King Institute of Preventive Medicine Bacteriolog. Section reports 1907-08
Year: 1907
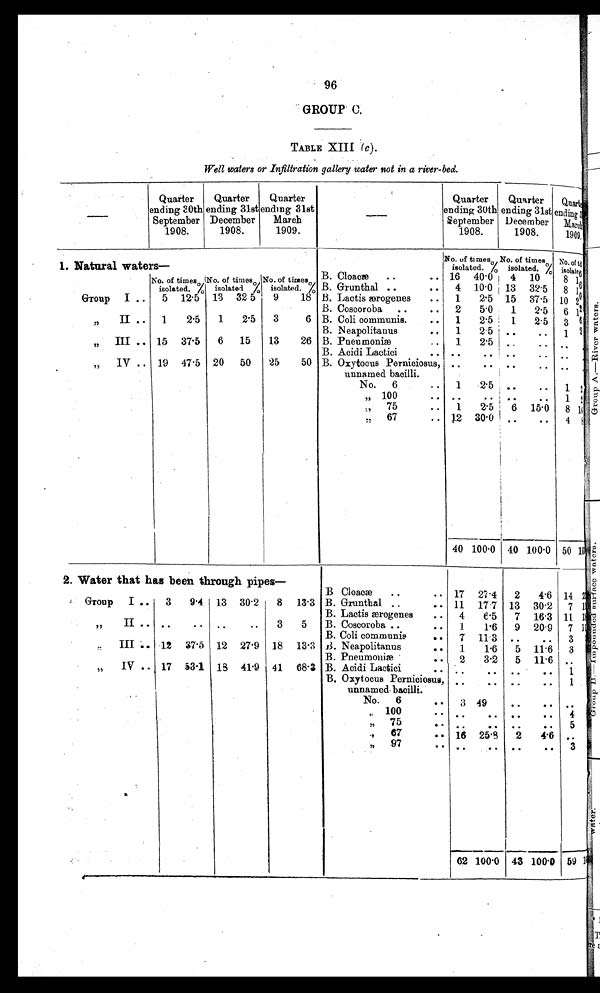
96
GROUP C.
TABLE XIII ( c).
Well waters or Infiltration gallery water not in a river-bed.
—
Quarter
ending 30th
September
1908.
Quarter
ending 31st
December
1908.
Quarter
ending 31st
March
1909.
—
Quarter
ending 30th
September
1908.
Quarter
ending 31st
December
1908.
Quarter
ending 3
1st
March
1909.
1 . N a t u r a l w a t e r s —
No. of times
isolated. %
No. of times
isolated. %
No. of t
imes
isolated. %
B. Cloacæ
..
16 40.0
4 10
8 1 6
No. of times
isolated. %
No. of times
isolated %
No. of times
isolated. % B. Grunthal ..
..
4 10.0 13 32.5
8
1 6
Group I ..
5 12.5 13 32 5
9
18 B. Lactis ærogenes
..
1
2.5 15 37.5 10 20
B. Coscoroba
..
..
2
5.0
1
2.5
6 12
" II ..
1
2.5
1
2.5
3
6 B. Coli communis.
..
1
2.5
1
2.5
3 6
B. Neapolitanus
.
1
2.5 ..
..
1 2
" III .. 15 37.5
6
15
13
26 B. Pneumoniæ
..
1
2.5 ..
. . ..
. .
B. Acidi Lactici
. .
. .
. .
. .
. . . .
"
IV .
19 47.5 20
50
25
50 B. Oxytocus Perniciosus,
unnamed bacilli.
..
.. ..
.. ..
. .
No.
6
..
1
2.5 ..
..
1 2
" 100
. .
. .
. .
. .
1 2
"
75
..
1
2.5
6 15.0
8 1 6
"
67
. 12 30.0 ..
. .
4
8
40 100.0 40 100.0 50
2. Water that has been through pipes—
B Cloacæ
..
. 17 27.4
2
4.6 14
< t d a l i g n = " r i g h t " > [ i l l e g i b l e ] < / t d >
Group
I ..
3
9.4 13 30.2
8 13.3 B. Grunthal ..
.
11 17.7 13 30.2
7 < t d a l i g n = " r i g h t " > [ i l l e g i b l e ] < / t d >
B. Lactis ærogenes
4
6.5
7 16.3 11 18
"
II .. ..
..
..
..
3
5
B. Coscoroba .
1
1.6
9 20.9
7 11
B. Coli communis
..
7 11.3
. .
..
3
"
III .. 12 37.5 12 27.9 18 13.3 B. Neapolitanus
1
1.6
5 11.6
3
B. Pneumoniæ
2
3.2
5 11.6 ..
"
IV
17 53.1 18 41.9 41 68.3 B. Acidi Lactici
. .
. .
. .
. .
1
B. Oxytocus Perniciosus,
unnamed bacilli.
..
..
. .
. .
1
No.
6
3 49
. .
..
. .
" 100
. .
. .
. .
. .
4
"
75
. ..
. . ..
. .
5
"
67
16 25.8
2
4.6
. .
"
97
..
. .
. .
. . 3
62 100.0 43 100.0 59